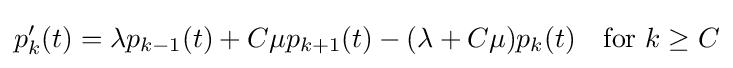
p_{k}^{\prime }(t)=\lambda p_{k-1}(t)+C\mu p_{k+1}(t)-(\lambda +C\mu )p_{k}(t)\quad {\text{for }}k\geq C